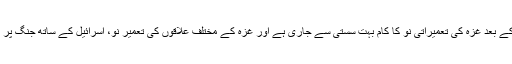
2014 کی جنگ کے بعد غزہ کی تعمیراتی نو کا کام بہت سستی سے جاری ہے اور غزہ کے مختلف علاقوں کی تعمیر نو، اسرائیل کے ساتھ جنگ پر منتج ہو سکتی ہے۔